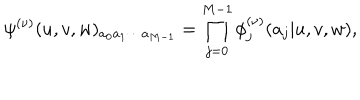
\psi ^ { ( \nu ) } ( u , v , w ) _ { a _ { 0 } a _ { 1 } \cdots a _ { M - 1 } } = \prod _ { j = 0 } ^ { M - 1 } \phi _ { j } ^ { ( \nu ) } ( a _ { j } | u , v , w ) ,